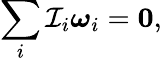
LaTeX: \sum_{i}\mathcal{I}_{i}{\boldsymbol{\omega}}_{i}=\mathbf{{0}},